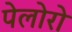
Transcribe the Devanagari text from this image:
पेलोरो